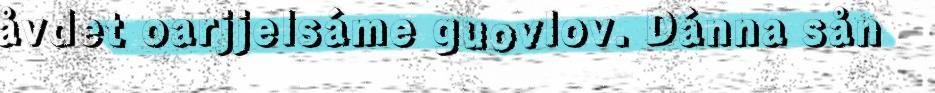
åvdet oarjjelsáme guovlov. Dánna sån